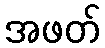
အဖတ်